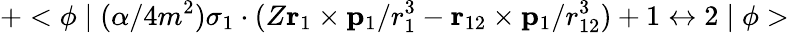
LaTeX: +<\phi\mid{(\alpha/4m^{2}){\mathbf\sigma}_{1}\cdot(Z{\mathbf r}_{1}\times{\mathbf p}_{1}/r_{1}^{3}-{\mathbf r}_{12}\times{\mathbf p}_{1}/r_{12}^{3})}+{1\leftrightarrow 2}\mid\phi>